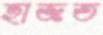
হাজত